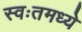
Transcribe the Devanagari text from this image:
स्वःतमध्ये